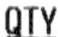
QTY